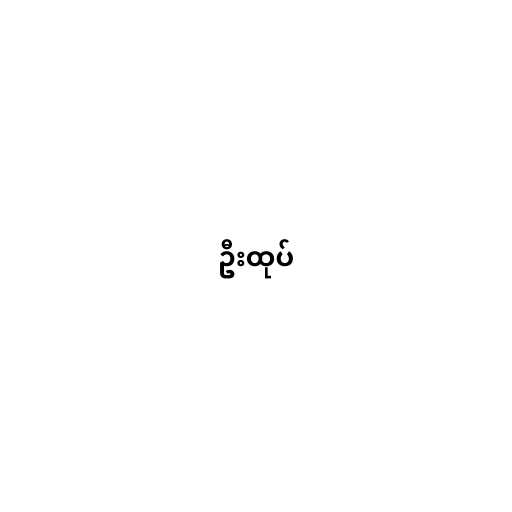
ဦးထုပ်